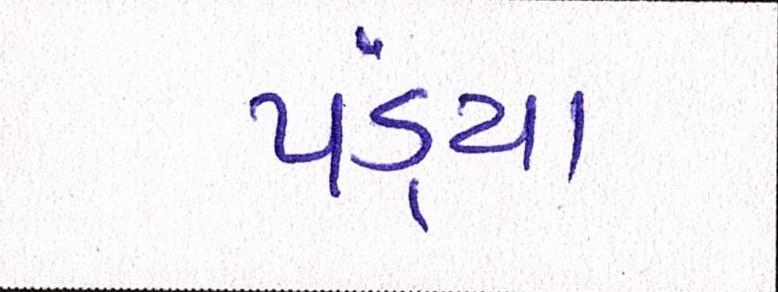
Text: પંડ્યા